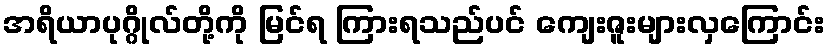
အရိယာပုဂ္ဂိုလ်တို့ကို မြင်ရ ကြားရသည်ပင် ကျေးဇူးများလှကြောင်း